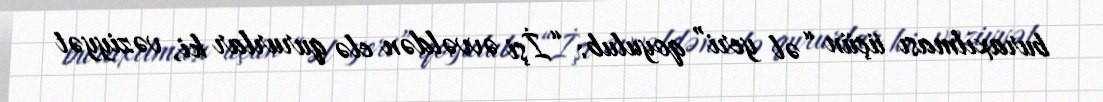
buraxılması üçün “əl yeri” qoyulub: “İşi əvvəldən elə qururlar ki, vəziyyət